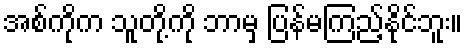
အစ်ကိုက သူတို့ကို ဘာမှ ပြန်မကြည့်နိုင်ဘူး။